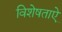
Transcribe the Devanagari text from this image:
विशेषताऐ